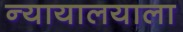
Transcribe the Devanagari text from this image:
न्यायालयाला